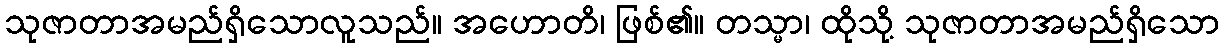
သုဇာတာအမည်ရှိသောလူသည်။ အဟောတိ၊ ဖြစ်၏။ တသ္မာ၊ ထိုသို့ သုဇာတာအမည်ရှိသော